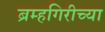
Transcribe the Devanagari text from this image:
ब्रम्हगिरीच्या